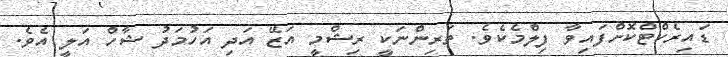
ޑައިރެކްޓްކޮށްފައިވާ ފިލްމެކެވެ. ތަރިންނަކީ ރިޝްމީ އަޒޭ އަދި އަހުމަދު ޝާހް އަލީ އެވެ.